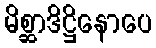
မိစ္ဆာဒိဋ္ဌိနောပေ